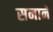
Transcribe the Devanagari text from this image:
सनाने